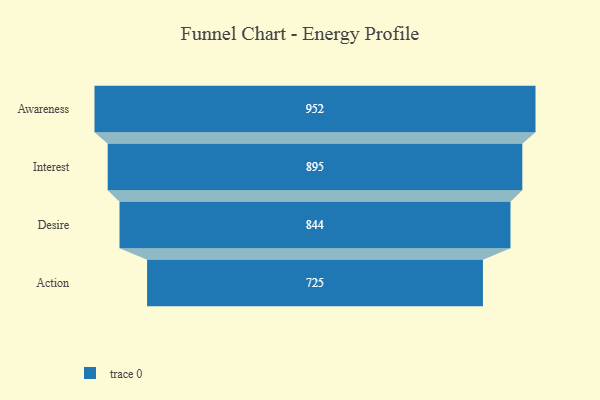
{"axis": {"x": "Stage", "y": "Value"}, "legend": [""], "data": [{"x": "Awareness", "y": 952.0, "type": ""}, {"x": "Interest", "y": 895.0, "type": ""}, {"x": "Desire", "y": 844.0, "type": ""}, {"x": "Action", "y": 725.0, "type": ""}]}